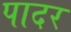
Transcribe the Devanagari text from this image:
पादर